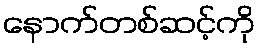
နောက်တစ်ဆင့်ကို